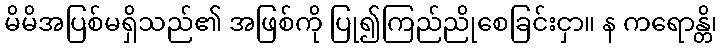
မိမိအပြစ်မရှိသည်၏ အဖြစ်ကို ပြု၍ကြည်ညိုစေခြင်းငှာ။ န ကရောန္တိ၊